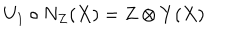
LaTeX: U _ { 1 } \circ N _ { Z } ( X ) = Z \otimes Y ( X )